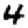
Digit: 4